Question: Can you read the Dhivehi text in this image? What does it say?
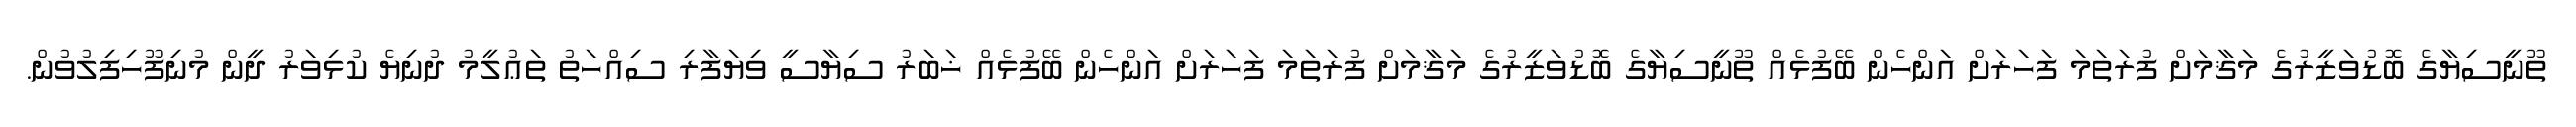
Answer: ތޫނީސިޔާގެ ބޮޑުވަޒީރުގެ މަޤާމަށް ފުރަތަމަ ފަހަރަށް އަންހެން ބޭފުޅެއް ތޫނީސިޔާގެ ބޮޑުވަޒީރުގެ މަޤާމަށް ފުރަތަމަ ފަހަރަށް އަންހެން ބޭފުޅެއް ޚަބަރު ސިޔާސީ ވިޔަފާރި ސިއްހަތު ތަޢުލީމު ދުނިޔެ ކުޅިވަރު ދީން މުނިފޫހިފިލުވުން.